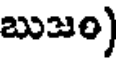
బుజం)